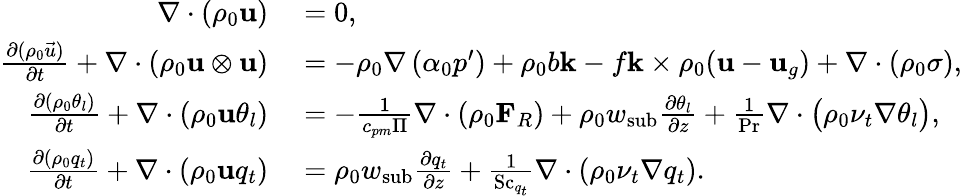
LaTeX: \begin{array}{rl}{\nabla\cdot(\rho_{0}\mathbf{u})}&{{}=0,}\\ {\frac{\partial(\rho_{0}\vec{u})}{\partial t}+\nabla\cdot\left(\rho_{0}\mathbf{u}\otimes\mathbf{u}\right)}&{{}=-\rho_{0}\nabla\left(\alpha_{0}p^{\prime}\right)+\rho_{0}b\mathbf{k}-f\mathbf{k}\times\rho_{0}(\mathbf{u}-\mathbf{u}_{g})+\nabla\cdot(\rho_{0}\mathbf{\sigma}),}\\ {\frac{\partial(\rho_{0}\theta_{l})}{\partial t}+\nabla\cdot\left(\rho_{0}\mathbf{u}\theta_{l}\right)}&{{}=-\frac{1}{c_{pm}\Pi}\nabla\cdot(\rho_{0}\mathbf{F}_{R})+\rho_{0}w_{\mathrm{sub}}\frac{\partial\theta_{l}}{\partial z}+\frac{1}{\mathrm{Pr}}\nabla\cdot\bigl(\rho_{0}\nu_{t}\nabla\theta_{l}\bigr),}\\ {\frac{\partial(\rho_{0}q_{t})}{\partial t}+\nabla\cdot(\rho_{0}\mathbf{u}q_{t})}&{{}=\rho_{0}w_{\mathrm{sub}}\frac{\partial q_{t}}{\partial z}+\frac{1}{\mathrm{Sc}_{q_{t}}}\nabla\cdot(\rho_{0}\nu_{t}\nabla q_{t}).}\end{array}